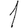
Digit: 1